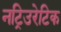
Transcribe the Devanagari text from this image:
नट्रिउरेटिक